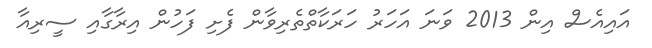
އައިއެސް އިން 2013 ވަނަ އަހަރު ހަރަކާތްތެރިވާން ފެށި ފަހުން އިރާގާއި ސީރިއާ